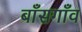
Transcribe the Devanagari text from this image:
बाँसगाँव